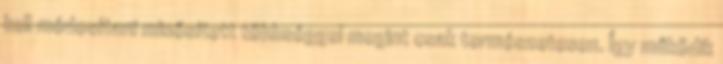
kell módosítani minősített többséggel megint csak természetesen. Így működik